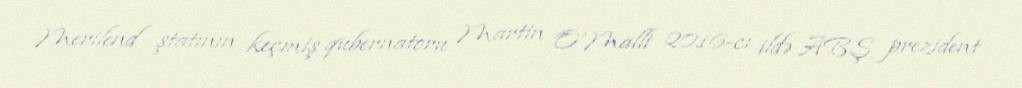
Merilend ştatının keçmiş qubernatoru Martin O’Malli 2016-cı ildə ABŞ prezident